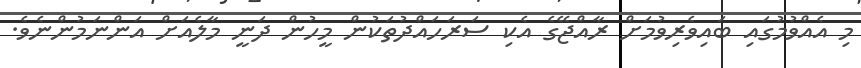
މި އެއްވުމުގައި ބައިވެރިވުމަށް ރާއްޖޭގެ އެކި ސަރަހައްދުތަކުން މީހުން ދަނީ މާލެއަށް އަންނަމުންނެެވެ.